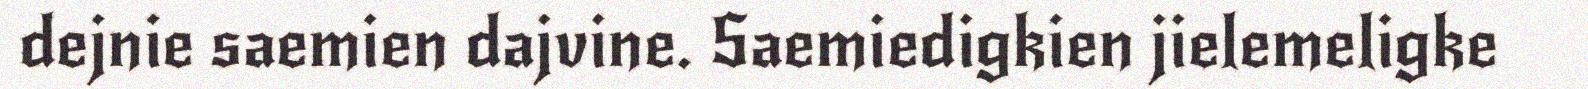
dejnie saemien dajvine. Saemiedigkien jielemeligke